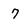
Character: 7